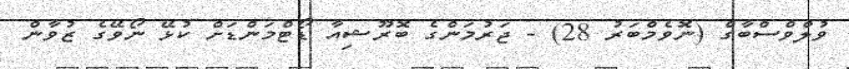
ވުލްވްސްބާގް (ނޮވެމްބަރު 28) - ޖަރުމަންގެ ބޮރޫޝިއާ ޑޯޓްމަންޑަށް ކުޅޭ ނޯވޭގެ ޒުވާން